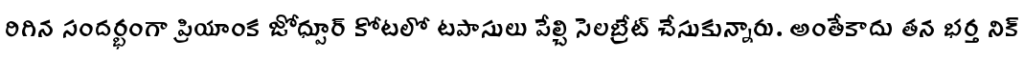
రిగిన సందర్భంగా ప్రియాంక జోధ్పూర్ కోటలో టపాసులు పేల్చి సెలబ్రేట్ చేసుకున్నారు. అంతేకాదు తన భర్త నిక్